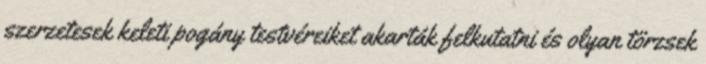
szerzetesek keleti pogány testvéreiket akarták felkutatni és olyan törzsek